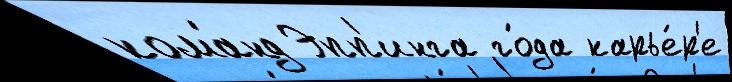
кома́нд Эпп'инга го́да карье́р'е